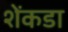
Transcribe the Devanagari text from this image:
शेंकडा